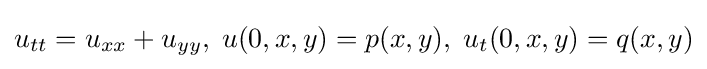
u_{tt}=u_{xx}+u_{yy},\;u(0,x,y)=p(x,y),\;u_{t}(0,x,y)=q(x,y)